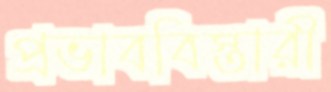
প্রভাববিস্তারী